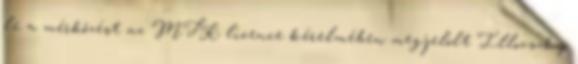
le a mérkőzést az MTK licence kérelmében megjelölt Illovszky